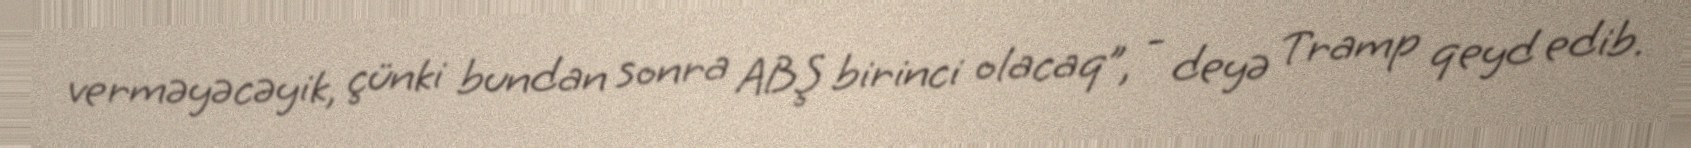
verməyəcəyik, çünki bundan sonra ABŞ birinci olacaq”, - deyə Tramp qeyd edib.